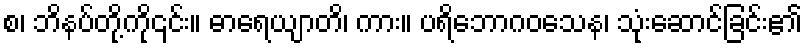
စ၊ ဘိနပ်တို့ကို၎င်း။ ဓာရေယျာတိ၊ ကား။ ပရိဘောဂဝသေန၊ သုံးဆောင်ခြင်း၏